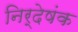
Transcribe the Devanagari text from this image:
निर्देषंक